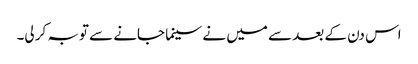
اس دن کے بعد سے میں نے سینما جانے سے توبہ کر لی۔